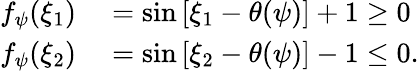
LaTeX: \begin{array}{rl}{f_{\psi}(\xi_{1})}&{{}=\sin\left[\xi_{1}-\theta(\psi)\right]+1\geq 0}\\ {f_{\psi}(\xi_{2})}&{{}=\sin\left[\xi_{2}-\theta(\psi)\right]-1\leq 0.}\end{array}